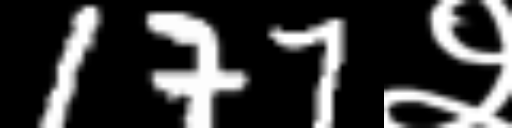
Text: 177२